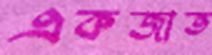
একজাত